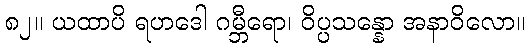
၈၂။ ယထာပိ ရဟဒေါ ဂမ္ဘီရော၊ ဝိပ္ပသန္နော အနာဝိလော။